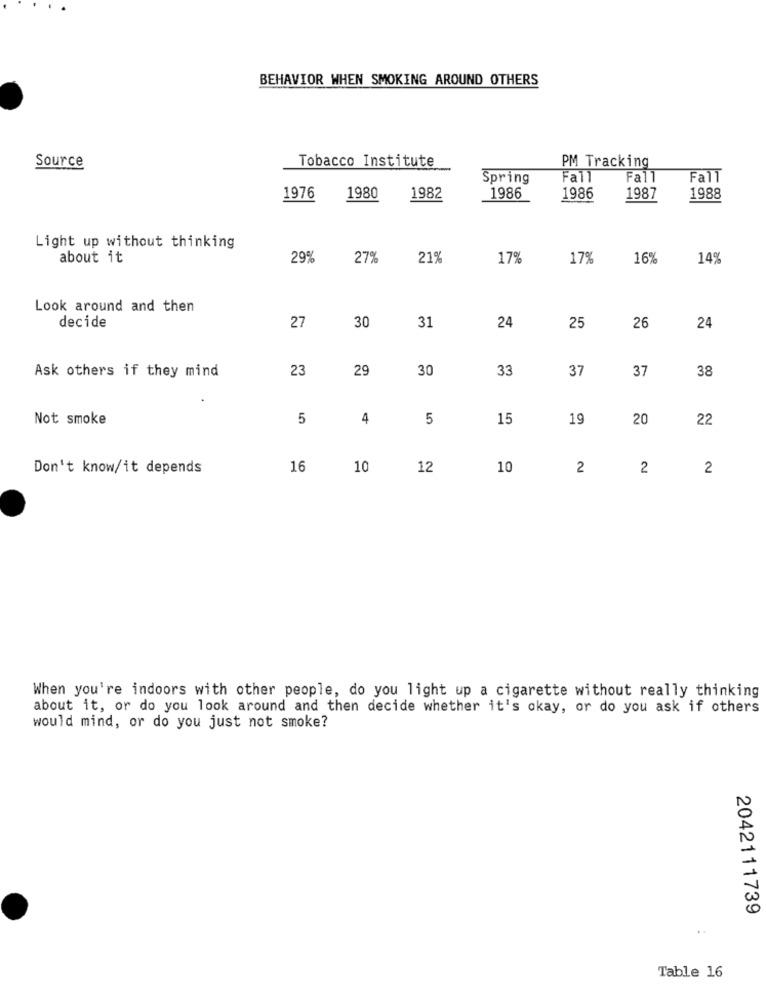
BEHAVIOR WHEN SMOKING AROUND OTHERS
Source
Tobacco Institute
PM Tracking
Spring
Fall
Fall
Fall
1976
1980
1982
1986
1986
1987
1988
Light up without thinking
about it
29%
279
219
17%
17%
16%
14%
Look around and then
decide
27
30
24
31
25
26
24
Ask others if they mind
23
29
30
33
37
38
37
Not smoke
5
4
5
15
19
20
22
Don't know/it depends
16
10
12
10
2
2
2
When you're indoors with other people, do you light up a cigarette without really thinking
about it, or do you look around and then decide whether it's okay, or do you ask if others
would mind, or do you just not smoke?
2042111739
Table 16